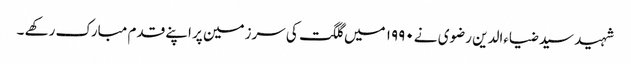
شہید سید ضیاءالدین رضوی نے ۱۹۹۰ میں گلگت کی سرزمین پر اپنے قدم مبارک رکھے ۔